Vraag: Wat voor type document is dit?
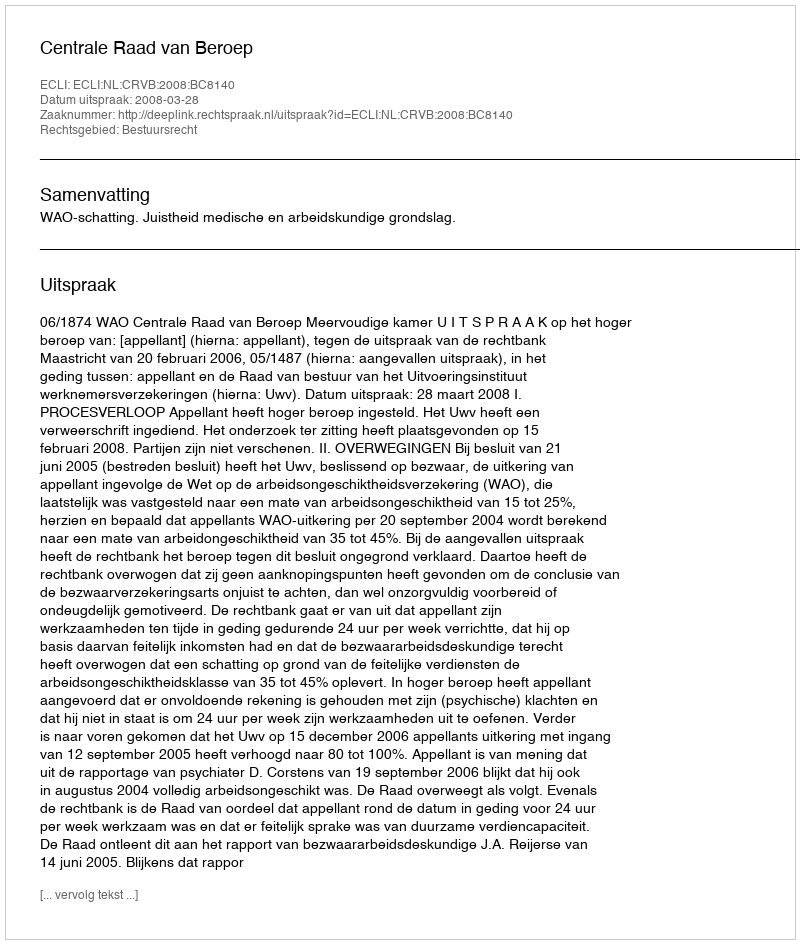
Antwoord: Uitspraak